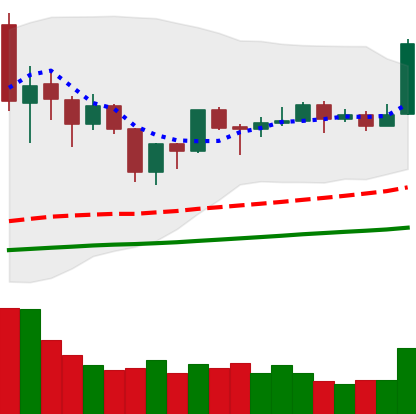
Ticker: TRX-USD
Chart end date: 2019-06-22
Forward return: -13.599%
Label: down_7plus